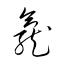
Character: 龕